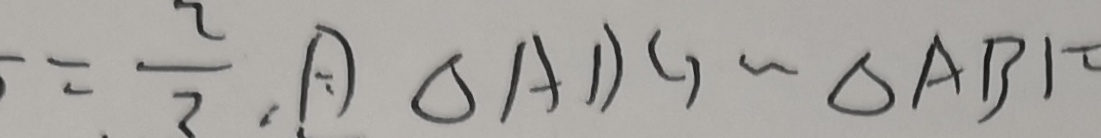
= \frac { 2 } { 3 } A \Delta A D G \sim \Delta A B F